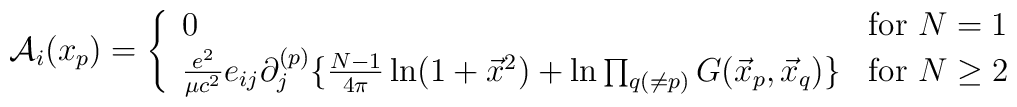
{\cal A}_i(x_p) =\left\{\begin{array}{ll}0 & \mbox{for $N=1$}\\{e^2\over \mu c^2} e_{ij} \partial_j^{(p)}\{{N-1 \over 4\pi} \ln (1 + \vec x^2)+ \ln \prod_{q(\ne p)}G(\vec x_p, \vec x_q)\}&\mbox{for $N \ge 2$ }\end{array}\right.